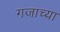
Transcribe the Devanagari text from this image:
गजाच्या